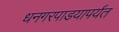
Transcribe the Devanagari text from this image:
धनगरपाडयापर्यंत